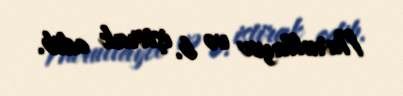
Nurullayev və b. iştirak edib.